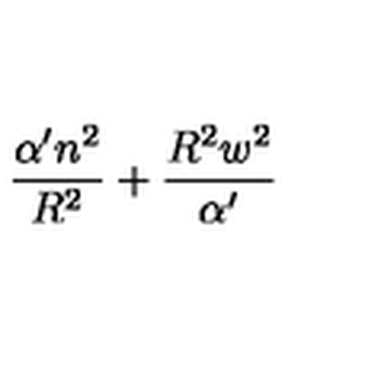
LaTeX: \frac { \alpha ^ { \prime } n ^ { 2 } } { R ^ { 2 } } + \frac { R ^ { 2 } w ^ { 2 } } { \alpha ^ { \prime } }